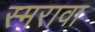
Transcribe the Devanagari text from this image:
स्मरावा